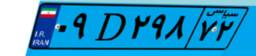
۰۹D۲۹۸۷۲